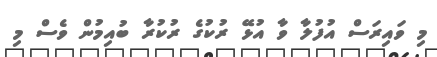
މި ވައިރަސް އުފުލާ ވާ އުޅޭ ރުކުގެ ރުކުރާ ބުއިމުން ވެސް މި